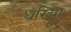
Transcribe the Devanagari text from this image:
धरिया